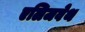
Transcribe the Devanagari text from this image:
एलिजवेथ